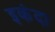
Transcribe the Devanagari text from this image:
इकंदा